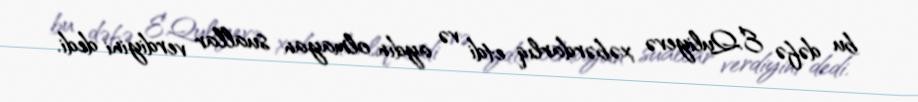
bu dəfə E.Quliyevə xəbərdarlıq etdi və aydın olmayan suallar verdiyini dedi.